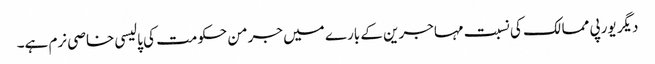
دیگر یورپی ممالک کی نسبت مہاجرین کے بارے میں جرمن حکومت کی پالیسی خاصی نرم ہے۔